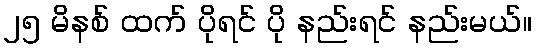
၂၅ မိနစ် ထက် ပိုရင် ပို နည်းရင် နည်းမယ်။